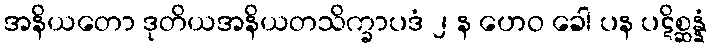
အနိယတော ဒုတိယအနိယတသိက္ခာပဒံ ၂ န ဟေဝ ခေါ ပန ပဋိစ္ဆန္နံ